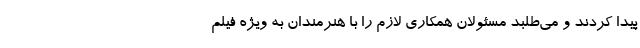
پیدا کردند و می‌طلبد مسئولان همکاری لازم را با هنرمندان به ویژه فیلم